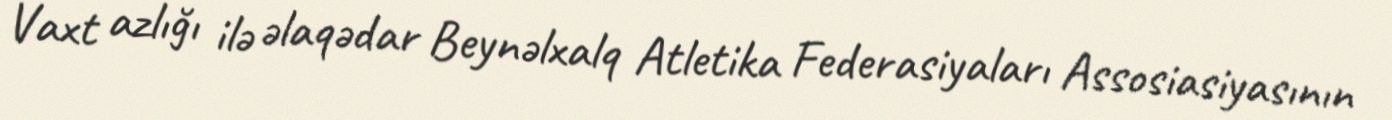
Vaxt azlığı ilə əlaqədar Beynəlxalq Atletika Federasiyaları Assosiasiyasının